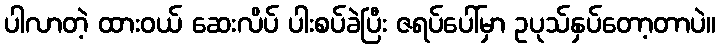
ပါလာတဲ့ ထားဝယ် ဆေးလိပ် ပါးစပ်ခဲပြီး ဇရပ်ပေါ်မှာ ဥပုသ်နှပ်တော့တာပဲ။